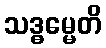
သဒ္ဓမ္မေတိ